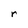
Character: r